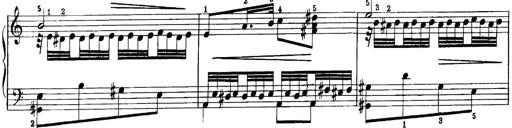
Title: Quatres sonatines
Composer: Tadeusz Joteyko